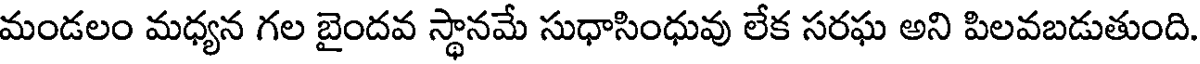
మండలం మధ్యన గల బైందవ స్థానమే సుధాసింధువు లేక సరఘ అని పిలవబడుతుంది